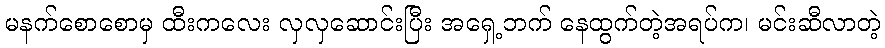
မနက်စောစောမှ ထီးကလေး လှလှဆောင်းပြီး အရှေ့ဘက် နေထွက်တဲ့အရပ်က၊ မင်းဆီလာတဲ့